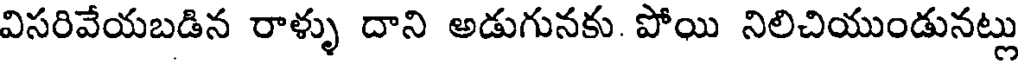
విసరివేయబడిన రాళ్ళు దాని అడుగునకు. పోయి నిలిచియుండునట్లు